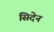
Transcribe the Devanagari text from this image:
सिदेन